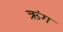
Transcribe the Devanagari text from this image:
ऋंग